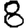
Digit: 8